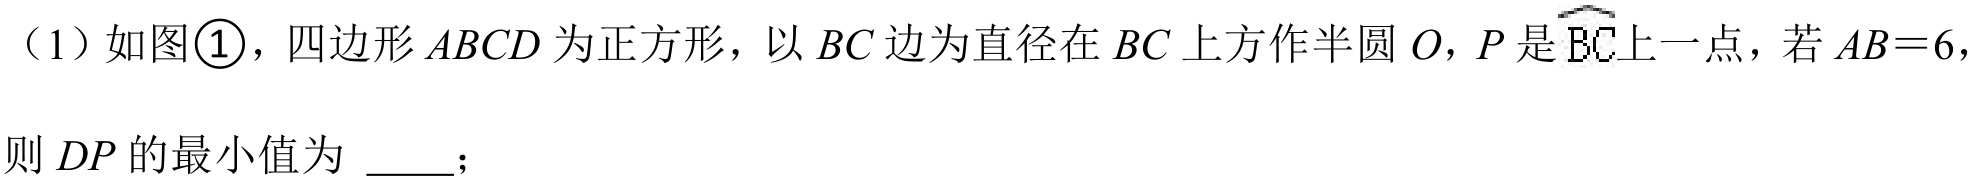
（1）如图\textcircled{1}，四边形\(ABCD\)为正方形，以\(BC\)边为直径在\(BC\)上方作半圆\(O\)，\(P\)是\(\overset{\frown}{BC}\)上一点，若\(AB = 6\)，则\(DP\)的最小值为  ；